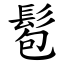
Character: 髱